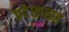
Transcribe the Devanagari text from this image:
प्रदेशासह